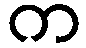
က